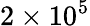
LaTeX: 2\times 10^{5}